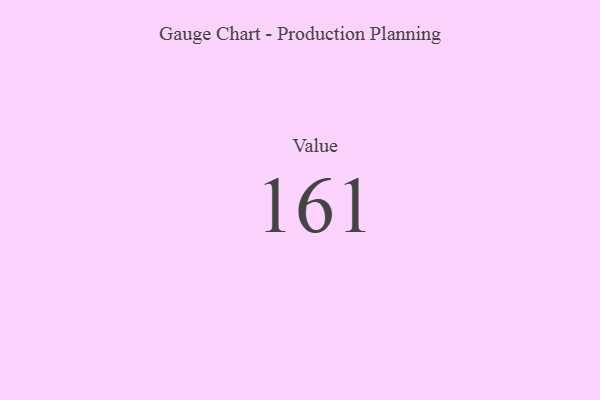
{"axis": {"x": "Metric", "y": "Value"}, "legend": [""], "data": [{"x": "Value", "y": 161, "type": ""}]}